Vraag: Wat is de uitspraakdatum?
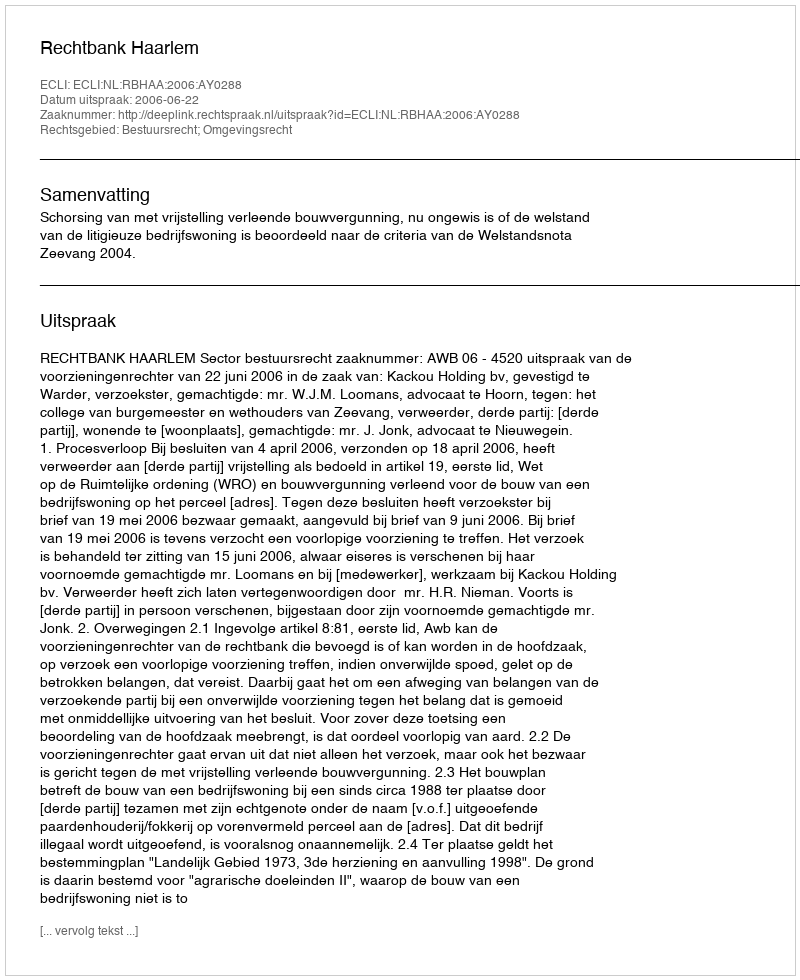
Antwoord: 2006-06-22